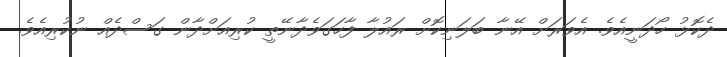
ދެކޮޅު ހޯދަނީއެވެ. އެވަރަށް އޭނާ ބަލަނިކޮށް ރައުލާ ފާހަގަވެދާނޭތީ ކުރިއަށްދާން ގަސްދެއް ނުކުރިއެވެ.